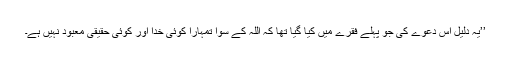
’’یہ دلیل اس دعوے کی جو پہلے فقرے میں کیا گیا تھا کہ اللہ کے سوا تمہارا کوئی خدا اور کوئی حقیقی معبود نہیں ہے۔